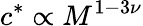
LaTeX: c^{*}\propto M^{1-3\nu}